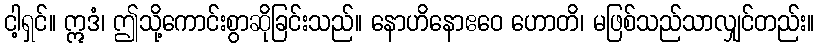
ငါ့ရှင်။ ဣဒံ၊ ဤသို့ကောင်းစွာဆိုခြင်းသည်။ နောဟိနောဧဝေ ဟောတိ၊ မဖြစ်သည်သာလျှင်တည်း။